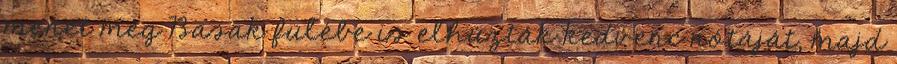
menet még Basak fülébe is elhúzták kedvenc nótáját, majd